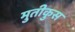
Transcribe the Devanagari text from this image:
मुतीकुस